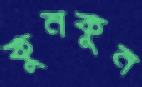
কুনকুন